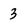
Character: 3